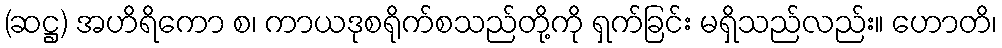
(ဆဋ္ဌ) အဟိရိကော စ၊ ကာယဒုစရိုက်စသည်တို့ကို ရှက်ခြင်း မရှိသည်လည်း။ ဟောတိ၊